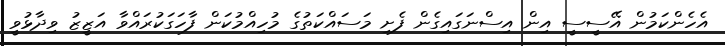
އެހެންކަމުން އޭސީސީ އިން އިސްނަގައިގެން ފެށި މަސައްކަތުގެ މުހިއްމުކަން ފާހަގަކުރައްވާ އަޒީޒު ވިދާޅުވީ